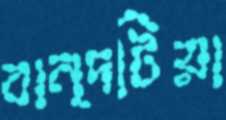
বান্দটিয়া